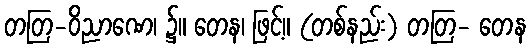
တတြ-ဝိညာဏေ၊ ၌။ တေန၊ ဖြင့်။ (တစ်နည်း) တတြ- တေန